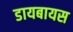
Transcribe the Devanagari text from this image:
डायबायस